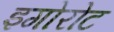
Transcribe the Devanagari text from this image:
इगोरोट